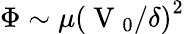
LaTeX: \Phi\sim\mu\left({\mathrm{~V~}_{0}}/{\delta}\right)^{2}